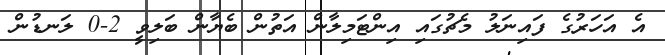
އެ އަހަރުގެ ފައިނަލު މެޗުގައި އިންޓަމިލާން އަތުން ބެޔާން ބަލިވީ 2-0 ލަނޑުން